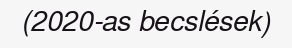
(2020-as becslések)